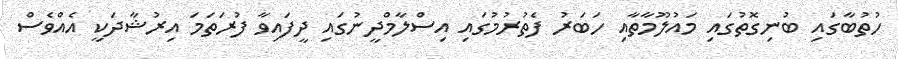
ހުތުބާގައި ބުނިގޮތުގައި މައުލޫމާތާއި ހަބަރު ފެތުރުމުގައި އިސްލާމްދީނުގައި ދީފައިވާ ފުރަތަމަ އިރުޝާދަކީ އެއްވެސް